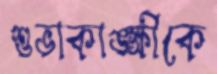
শুভাকাঙ্ক্ষীকে